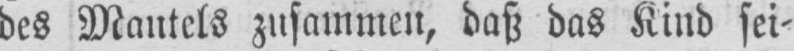
des Mantels zusammen, daß das Kind sei⸗